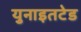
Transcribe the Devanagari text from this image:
युनाइतटेड